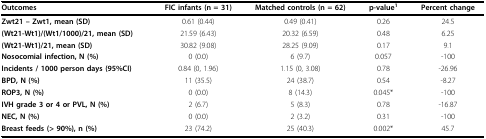
<table><thead><tr><td><b>Outcomes</b></td><td><b>FIC infants (n = 31)</b></td><td><b>Matched controls (n = 62)</b></td><td><b>p-value<sup>1</sup></b></td><td><b>Percent change</b></td></tr></thead><tbody><tr><td><b>Zwt21 – Zwt1, mean (SD)</b></td><td>0.61 (0.44)</td><td>0.49 (0.41)</td><td>0.26</td><td>24.5</td></tr><tr><td><b>(Wt21-Wt1)/(Wt1/1000)/21, mean (SD)</b></td><td>21.59 (6.43)</td><td>20.32 (6.59)</td><td>0.48</td><td>6.25</td></tr><tr><td><b>(Wt21-Wt1)/21, mean (SD)</b></td><td>30.82 (9.08)</td><td>28.25 (9.09)</td><td>0.17</td><td>9.1</td></tr><tr><td><b>Nosocomial infection, N (%)</b></td><td>0 (0.0)</td><td>6 (9.7)</td><td>0.057</td><td>-100</td></tr><tr><td><b>Incidents / 1000 person days (95%CI)</b></td><td>0.84 (0, 1.96)</td><td>1.15 (0, 3.08)</td><td>0.78</td><td>-26.96</td></tr><tr><td><b>BPD, N (%)</b></td><td>11 (35.5)</td><td>24 (38.7)</td><td>0.54</td><td>-8.27</td></tr><tr><td><b>ROP3, N (%)</b></td><td>0 (0.0)</td><td>8 (14.3)</td><td>0.045*</td><td>-100</td></tr><tr><td><b>IVH grade 3 or 4 or PVL, N (%)</b></td><td>2 (6.7)</td><td>5 (8.3)</td><td>0.78</td><td>-16.87</td></tr><tr><td><b>NEC, N (%)</b></td><td>0 (0.0)</td><td>2 (3.2)</td><td>0.31</td><td>-100</td></tr><tr><td><b>Breast feeds (&gt; 90%), n (%)</b></td><td>23 (74.2)</td><td>25 (40.3)</td><td>0.002*</td><td>45.7</td></tr></tbody></table>